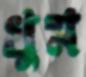
খুম